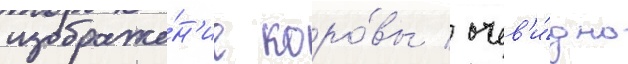
изображе́н'ие коро́вы / очев'и́дно